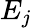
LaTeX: E_{j}